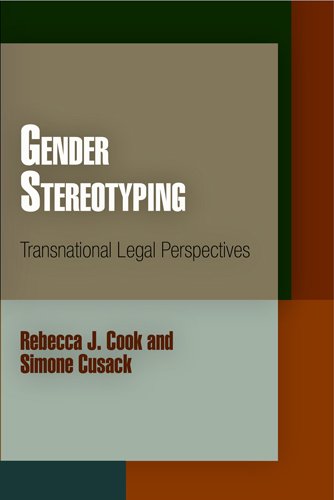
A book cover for Gender Stereotyping: Transnational Legal Perspectives (Pennsylvania Studies in Human Rights); Rebecca J. Cook; Law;